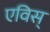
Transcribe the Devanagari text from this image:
एविस्